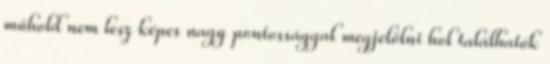
műhold nem lesz képes nagy pontossággal megjelölni hol találhatók